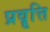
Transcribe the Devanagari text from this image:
प्रवॄत्ति